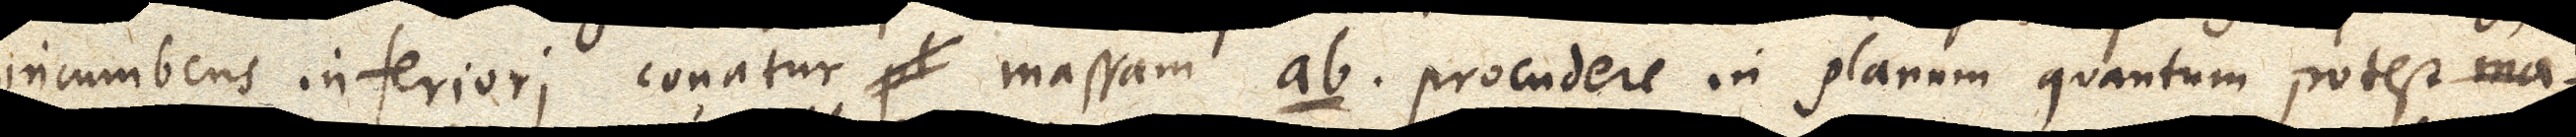
incumbens inferiori conatur pl massam ab procudere in planum quantum potest ma-